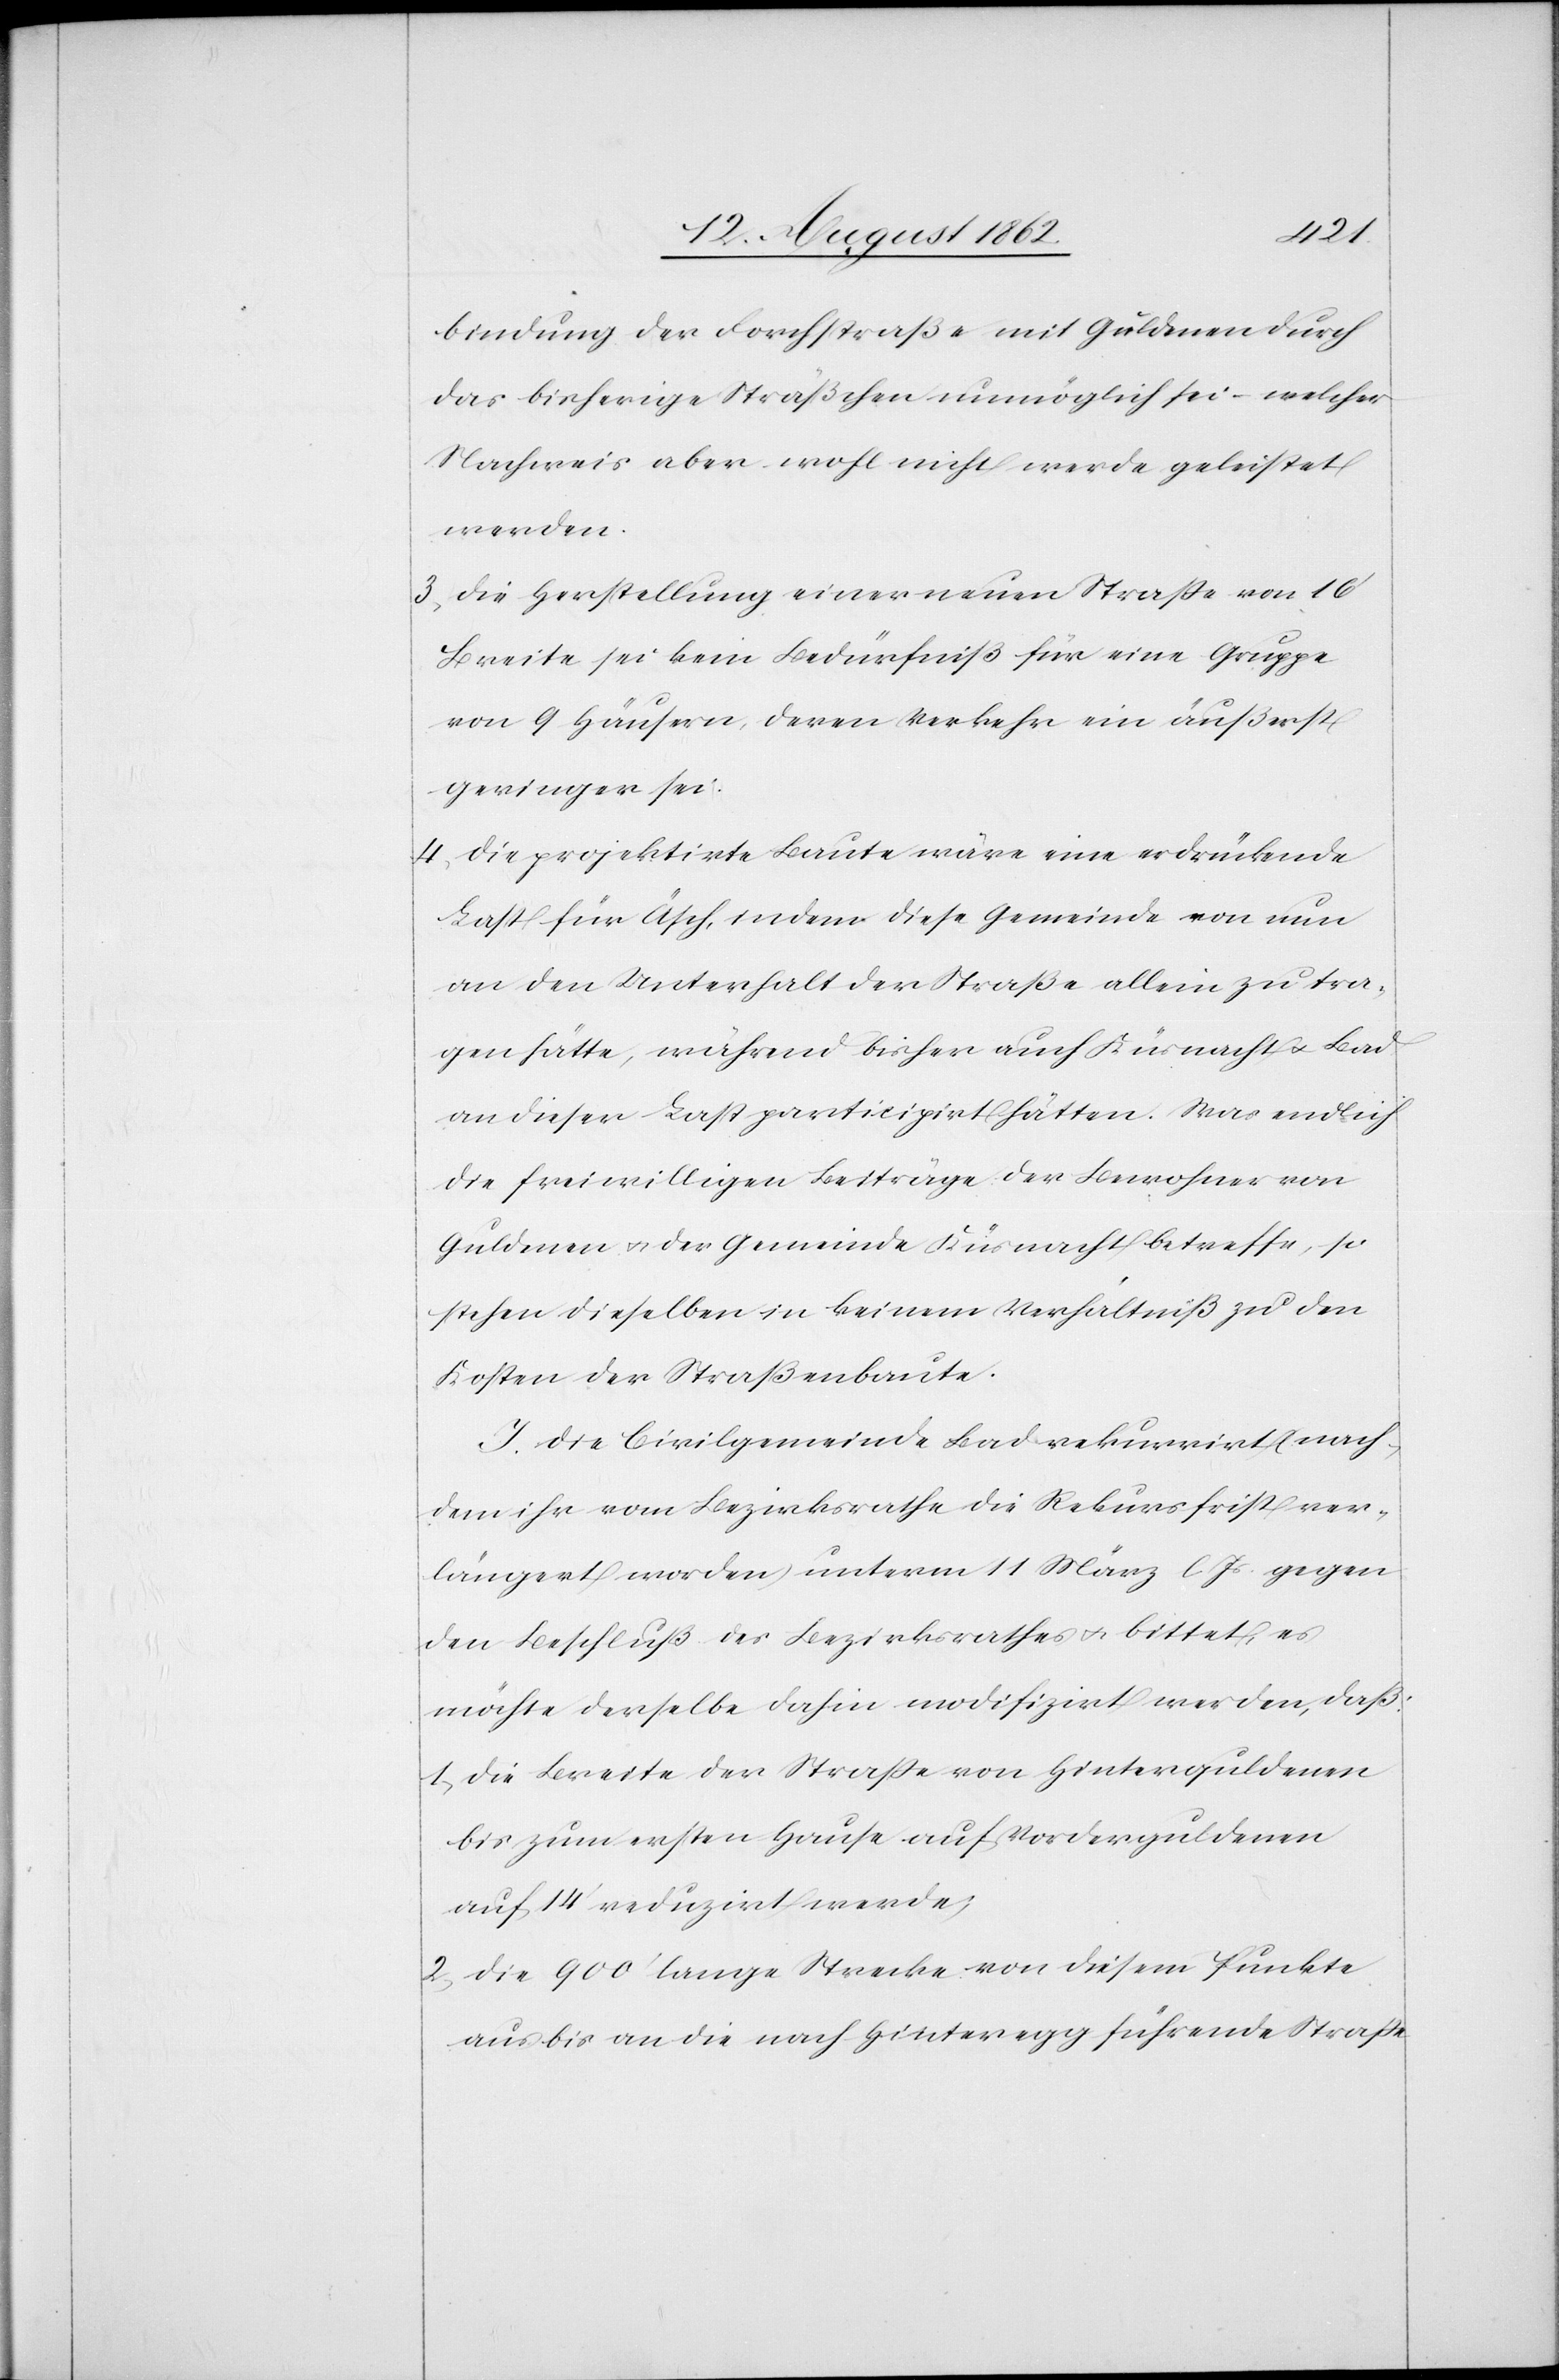
bindung der Forchstraße mit Guldenen durch
das bisherige Sträßchen unmöglich sei – welcher
Nachweis aber wohl nicht werde geleistet
werden.
3. Die Herstellung einer neuen Straße von 16’
Breite sei kein Bedürfniß für eine Gruppe
von 9 Häusern, deren Verkehr ein äußerst
geringer sei.
4. Die projektirte Baute wäre eine erdrückende
Last für Äsch, indem diese Gemeinde von nun
an den Unterhalt der Straße allein zu tra¬
gen hätte, während bisher auch Küsnacht u. Bad
an dieser Last participirt hätten. Was endlich
die freiwilligen Beiträge der Bewohner von
Guldenen u. der Gemeinde Küsnacht betreffe, so
stehen dieselben in keinem Verhältniß zu den
Kosten der Straßenbaute.
J. Die Civilgemeinde Bad rekurrirt (nach¬
dem ihr vom Bezirksrathe die Rekursfrist ver¬
längert worden) unterm 11. März l. Js. gegen
den Beschluß des Bezirksrathes u. bittet, es
möchte derselbe dahin modifizirt werden, daß:
1. Die Breite der Straße von Hinterguldenen
bis zum ersten Hause auf Vorderguldenen
auf 14’ reduzirt werde;
2. Die 900’ lange Strecke von diesem Punkte
aus bis an die nach Hinteregg führende Straße